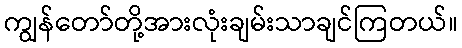
ကျွန်တော်တို့အားလုံးချမ်းသာချင်ကြတယ်။